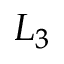
L _ { 3 }